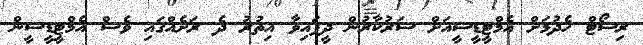
ރިސޯޓް ހެދުމަށް އެމްޓީޑީސީއަށް ސަރުކާރުން ދީފައިވާ އިތުރު ދެ ރަށެއްގައި ވެސް އެމްޓީޑީސީން